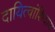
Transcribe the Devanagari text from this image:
दायित्वांशिवाय